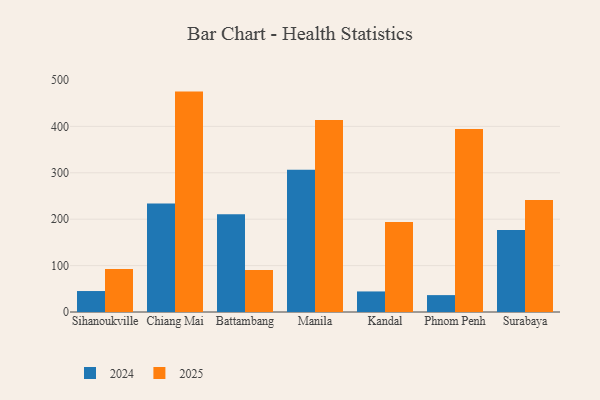
{"axis": {"x": "City", "y": "Churn Rate (%)"}, "legend": ["2024", "2025"], "data": [{"x": "Sihanoukville", "y": 45.2, "type": "2024"}, {"x": "Sihanoukville", "y": 92.8, "type": "2025"}, {"x": "Chiang Mai", "y": 234.1, "type": "2024"}, {"x": "Chiang Mai", "y": 475.0, "type": "2025"}, {"x": "Battambang", "y": 210.6, "type": "2024"}, {"x": "Battambang", "y": 90.4, "type": "2025"}, {"x": "Manila", "y": 306.6, "type": "2024"}, {"x": "Manila", "y": 414.0, "type": "2025"}, {"x": "Kandal", "y": 44.3, "type": "2024"}, {"x": "Kandal", "y": 193.9, "type": "2025"}, {"x": "Phnom Penh", "y": 36.4, "type": "2024"}, {"x": "Phnom Penh", "y": 394.3, "type": "2025"}, {"x": "Surabaya", "y": 176.8, "type": "2024"}, {"x": "Surabaya", "y": 241.6, "type": "2025"}]}